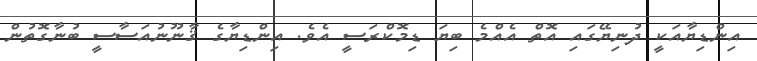
އިންޑިޔާއަކީ ދުނިޔޭގައި އޮތް އެއްމެ ބިޔަ ޑިމޮކްރަސީ އެވެ. އިންޑިޔާގެ ޤާނޫނުއަސާސީ ބުނާގޮތުން